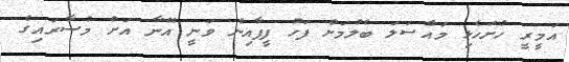
އަމީރީ ހުށަހެޅި މައްސަލަ ބެލުމަށް ފަހު ފީފާއިން ވަނީ އޭނާ އަށް މުސާރައިގެ